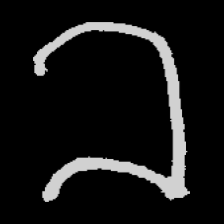
Pyu character \u2014 Myanmar letter: ခ (romanized: kha)